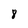
Character: 8